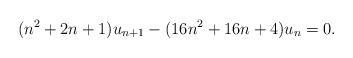
LaTeX: \begin{align*}(n^2 + 2n + 1)u_{n + 1} - (16n^2 + 16n + 4)u_{n} = 0. \end{align*}